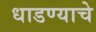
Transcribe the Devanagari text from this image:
धाडण्याचे